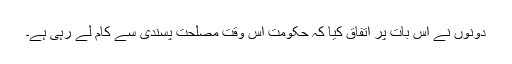
دونوں نے اس بات پر اتفاق کیا کہ حکومت اس وقت مصلحت پسندی سے کام لے رہی ہے۔